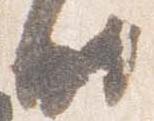
時